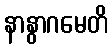
နာနွာဂမေတိ